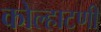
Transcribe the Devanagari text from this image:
कोल्हाटणी